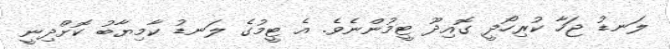
ލަނޑު ޖަހާ ކުރިހޯދީ ގޮއިދޫ ޓީމުންނެވެ. އެ ޓީމުގެ ލަނޑު ކާމިޔާބު ކޮށްދިނީ